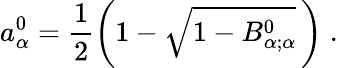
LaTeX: a_{\alpha}^{0}=\frac{1}{2}\left(1-\sqrt{1-B_{\alpha;\alpha}^{0}}\, \right)\; .